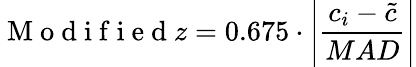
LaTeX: \mathrm{~M~o~d~i~f~i~e~d~}z=0.675\cdot\left|\frac{c_{i}-\tilde{c}}{MAD}\right|